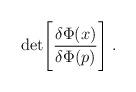
LaTeX: \begin{align*}{\rm det}\Bigg[ {\delta \Phi (x) \over \delta \Phi (p)}\Bigg] \;.\end{align*}